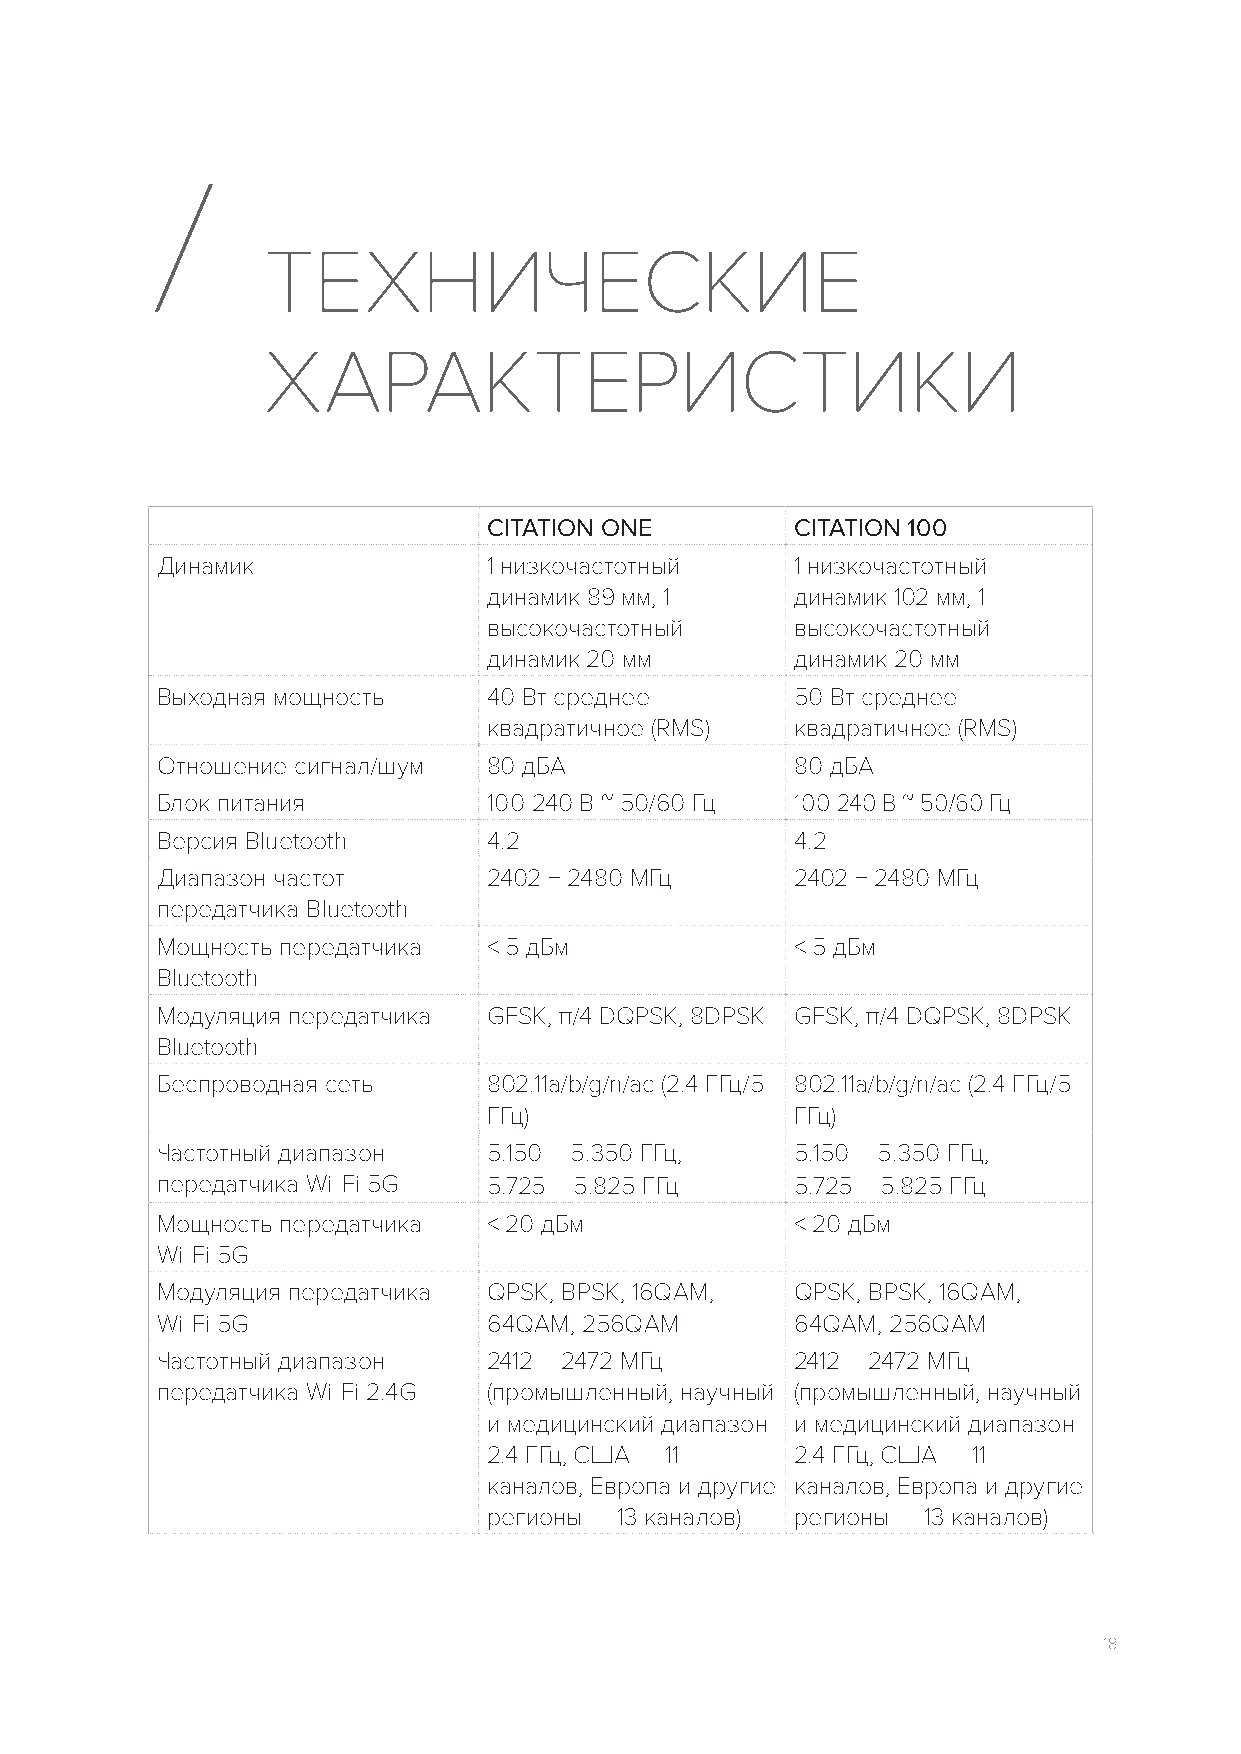
/
 ТЕХНИЧЕСКИЕ
 ХАРАКТЕРИСТИКИ
 CITATION ONE         CITATION 100
 Динамик               1 низкочастотный     1 низкочастотный
 динамик 89 мм, 1     динамик 102 мм, 1
 высокочастотный      высокочастотный
 динамик 20 мм        динамик 20 мм
 Выходная мощность     40 Вт среднее        50 Вт среднее
 квадратичное (RMS)   квадратичное (RMS)
 Отношение сигнал/шум  80 дБА               80 дБА
 Блок питания          100-240 В ~ 50/60 Гц 100-240 В ~ 50/60 Гц
 Версия Bluetooth      4.2                  4.2
 Диапазон частот       2402 − 2480 МГц      2402 − 2480 МГц
 передатчика Bluetooth
 Мощность передатчика  < 5 дБм              < 5 дБм
 Bluetooth
 Модуляция передатчика GFSK, π/4 DQPSK, 8DPSK GFSK, π/4 DQPSK, 8DPSK
 Bluetooth
 Беспроводная сеть     802.11a/b/g/n/ac (2.4 ГГц/5 802.11a/b/g/n/ac (2.4 ГГц/5
 ГГц)                 ГГц)
 Частотный диапазон    5.150 – 5.350 ГГц,   5.150 – 5.350 ГГц,
 передатчика Wi-Fi 5G  5.725 – 5.825 ГГц    5.725 – 5.825 ГГц
 Мощность передатчика  < 20 дБм             < 20 дБм
 Wi-Fi 5G
 Модуляция передатчика QPSK, BPSK, 16QAM,   QPSK, BPSK, 16QAM,
 Wi-Fi 5G              64QAM, 256QAM        64QAM, 256QAM
 Частотный диапазон    2412 – 2472 МГц      2412 – 2472 МГц
 передатчика Wi-Fi 2.4G (промышленный, научный (промышленный, научный
 и медицинский диапазон и медицинский диапазон
 2.4 ГГц, США — 11    2.4 ГГц, США — 11
 каналов, Европа и другие каналов, Европа и другие
 регионы — 13 каналов) регионы — 13 каналов)
 18